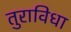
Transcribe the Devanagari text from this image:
तुराविधा